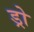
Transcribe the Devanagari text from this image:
ड्रो